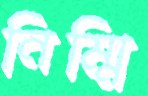
নিম্মি